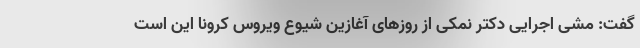
گفت: مشی اجرایی دکتر نمکی از روزهای آغازین شیوع ویروس کرونا این است